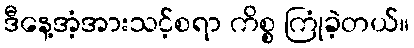
ဒီနေ့အံ့အားသင့်စရာ ကိစ္စ ကြုံခဲ့တယ်။